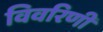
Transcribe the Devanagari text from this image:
विवरिणी